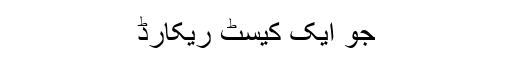
جو ایک کیسٹ ریکارڈ